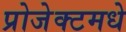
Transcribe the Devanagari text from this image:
प्रोजेक्टमधे